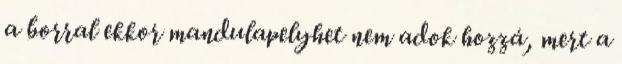
a borral ekkor mandulapelyhet nem adok hozzá, mert a